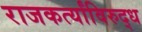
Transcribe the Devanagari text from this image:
राजकर्त्यांविरुद्ध